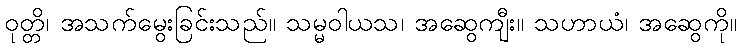
ဝုတ္တိ၊ အသက်မွေးခြင်းသည်။ သမ္မဝါယသ၊ အဆွေကျီး။ သဟာယံ၊ အဆွေကို။